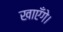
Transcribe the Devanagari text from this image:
खाएँगे।